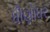
ધીણોધર